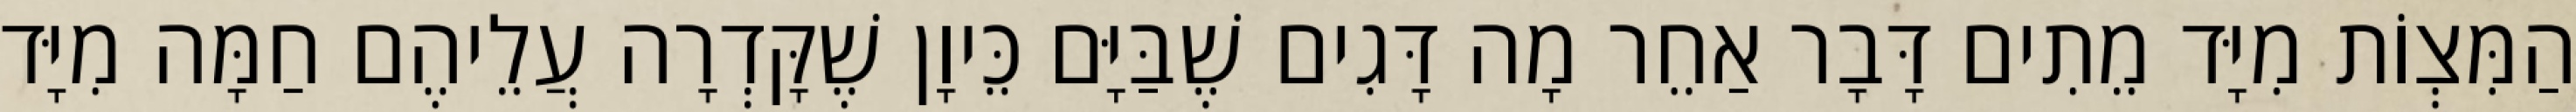
הַמִּצְוֹת מִיָּד מֵתִים דָּבָר אַחֵר מָה דָּגִים שֶׁבַּיָּם כֵּיוָן שֶׁקָּדְרָה עֲלֵיהֶם חַמָּה מִיָּד